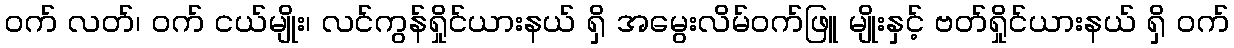
ဝက် လတ်၊ ဝက် ငယ်မျိုး၊ လင်ကွန်ရှိုင်ယားနယ် ရှိ အမွေးလိမ်ဝက်ဖြူ မျိုးနှင့် ဗတ်ရှိုင်ယားနယ် ရှိ ဝက်